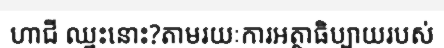
ហាជី ឈ្នះនោះ?តាមរយៈការអត្ថាធិប្បាយរបស់